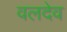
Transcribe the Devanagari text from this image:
वलदेव